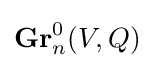
\mathbf {Gr} _{n}^{0}(V,Q)